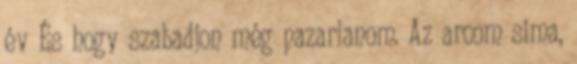
év És hogy szabadjon még pazarlanom. Az arcom sima,